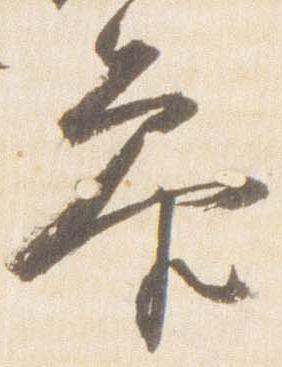
参